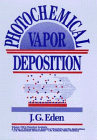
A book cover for Photochemical Vapor Deposition (Chemical Analysis: A Series of Monographs on Analytical Chemistry and Its Applications); J. G. Eden; Science & Math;